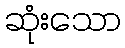
ဆုံးသော